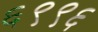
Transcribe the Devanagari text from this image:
६९९६